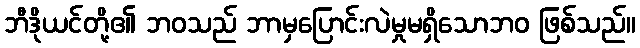
ဘီဒိုယင်တို့၏ ဘဝသည် ဘာမှပြောင်းလဲမှုမရှိသောဘဝ ဖြစ်သည်။